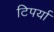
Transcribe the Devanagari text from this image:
टिपर्या